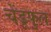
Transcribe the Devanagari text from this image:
चेंडूफुल